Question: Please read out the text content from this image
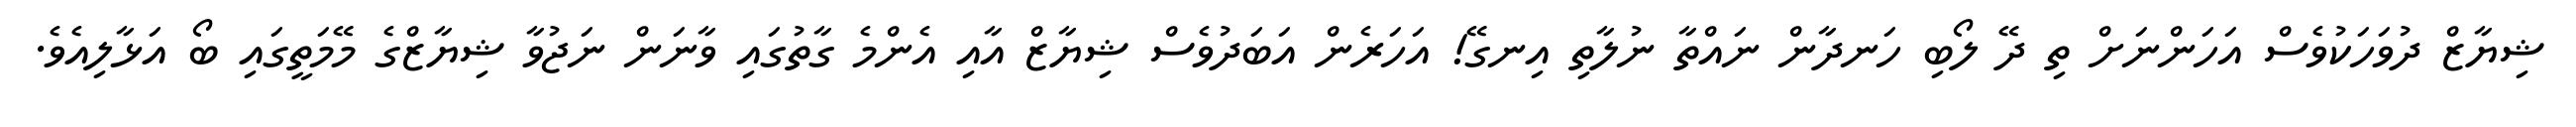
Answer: ޝިޔާޒް ދުވަހަކުވެސް އަހަންނަށް ތި ދޭ ލޯބި ހަނދާން ނައްތާ ނުލާތި އިނގޭ! އަހަރެން އަބަދުވެސް ޝިޔާޒް އާއި އެންމެ ގާތުގައި ވާނަން ނަޖުވާ ޝިޔާޒްގެ މޭމަތީގައި ބޯ އަޅާލިއެވެ.